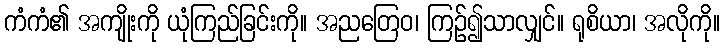
ကံကံ၏ အကျိုးကို ယုံကြည်ခြင်းကို။ အညတြေဝ၊ ကြဉ်၍သာလျှင်။ ရုစိယာ၊ အလိုကို။